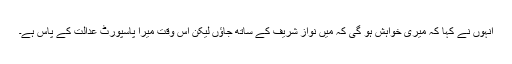
انہوں نے کہا کہ میری خواہش ہو گی کہ میں نواز شریف کے ساتھ جاؤں لیکن اس وقت میرا پاسپورٹ عدالت کے پاس ہے۔